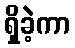
ရှိခဲ့ကာ